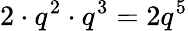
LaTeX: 2\cdot q^{2}\cdot q^{3}=2q^{5}